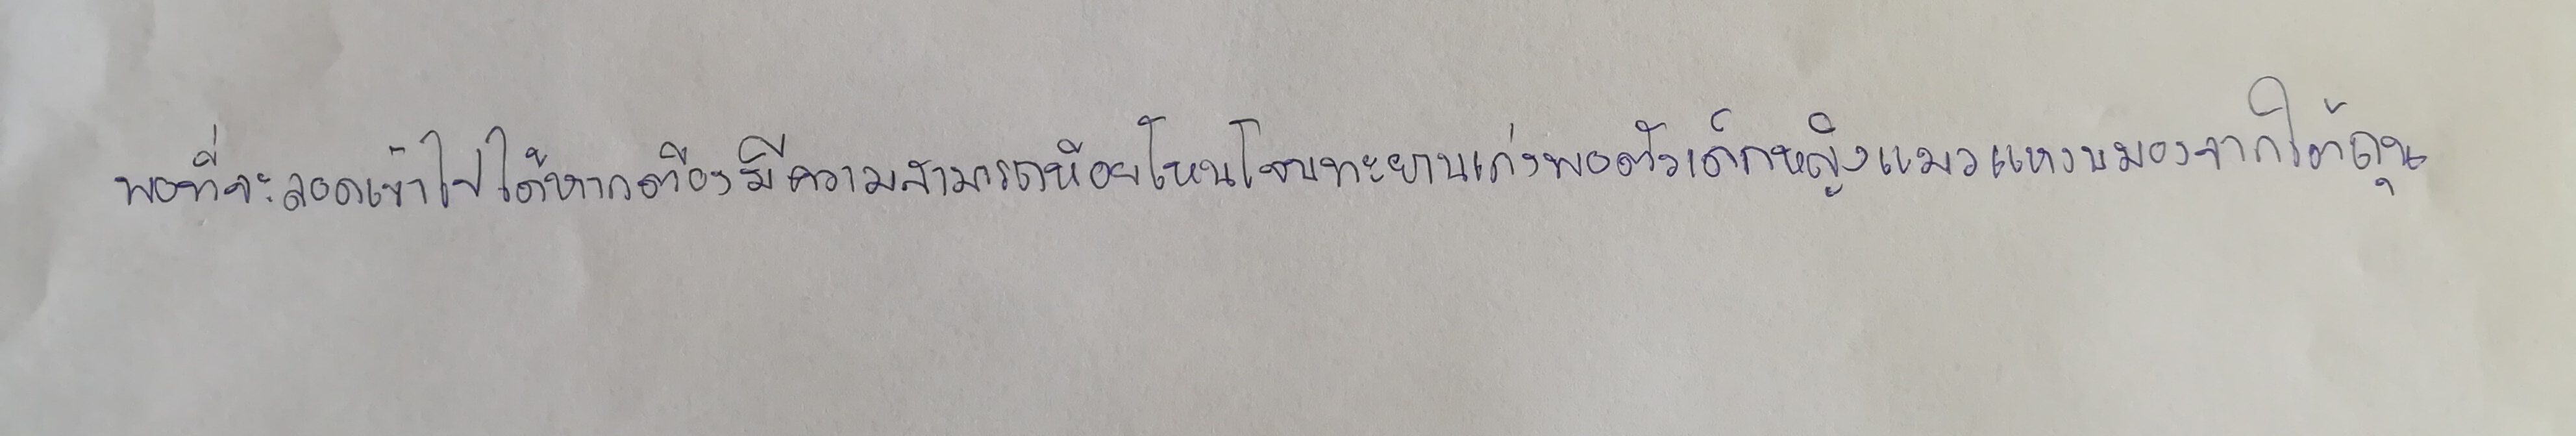
พอที่จะลอดเข้าไปได้หากต้องมีความสามารถห้อยโหนโจนทะยานเก่งพอตัวเด็กหญิงแมวแหงนมองจากใต้ถุน